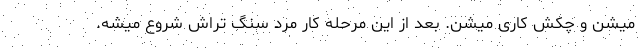
میشن و چکش کاری میشن. بعد از این مرحله کار مرد سنگ تراش شروع میشه.